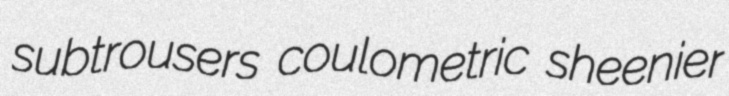
subtrousers coulometric sheenier